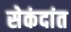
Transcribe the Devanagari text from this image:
सेकंदांत